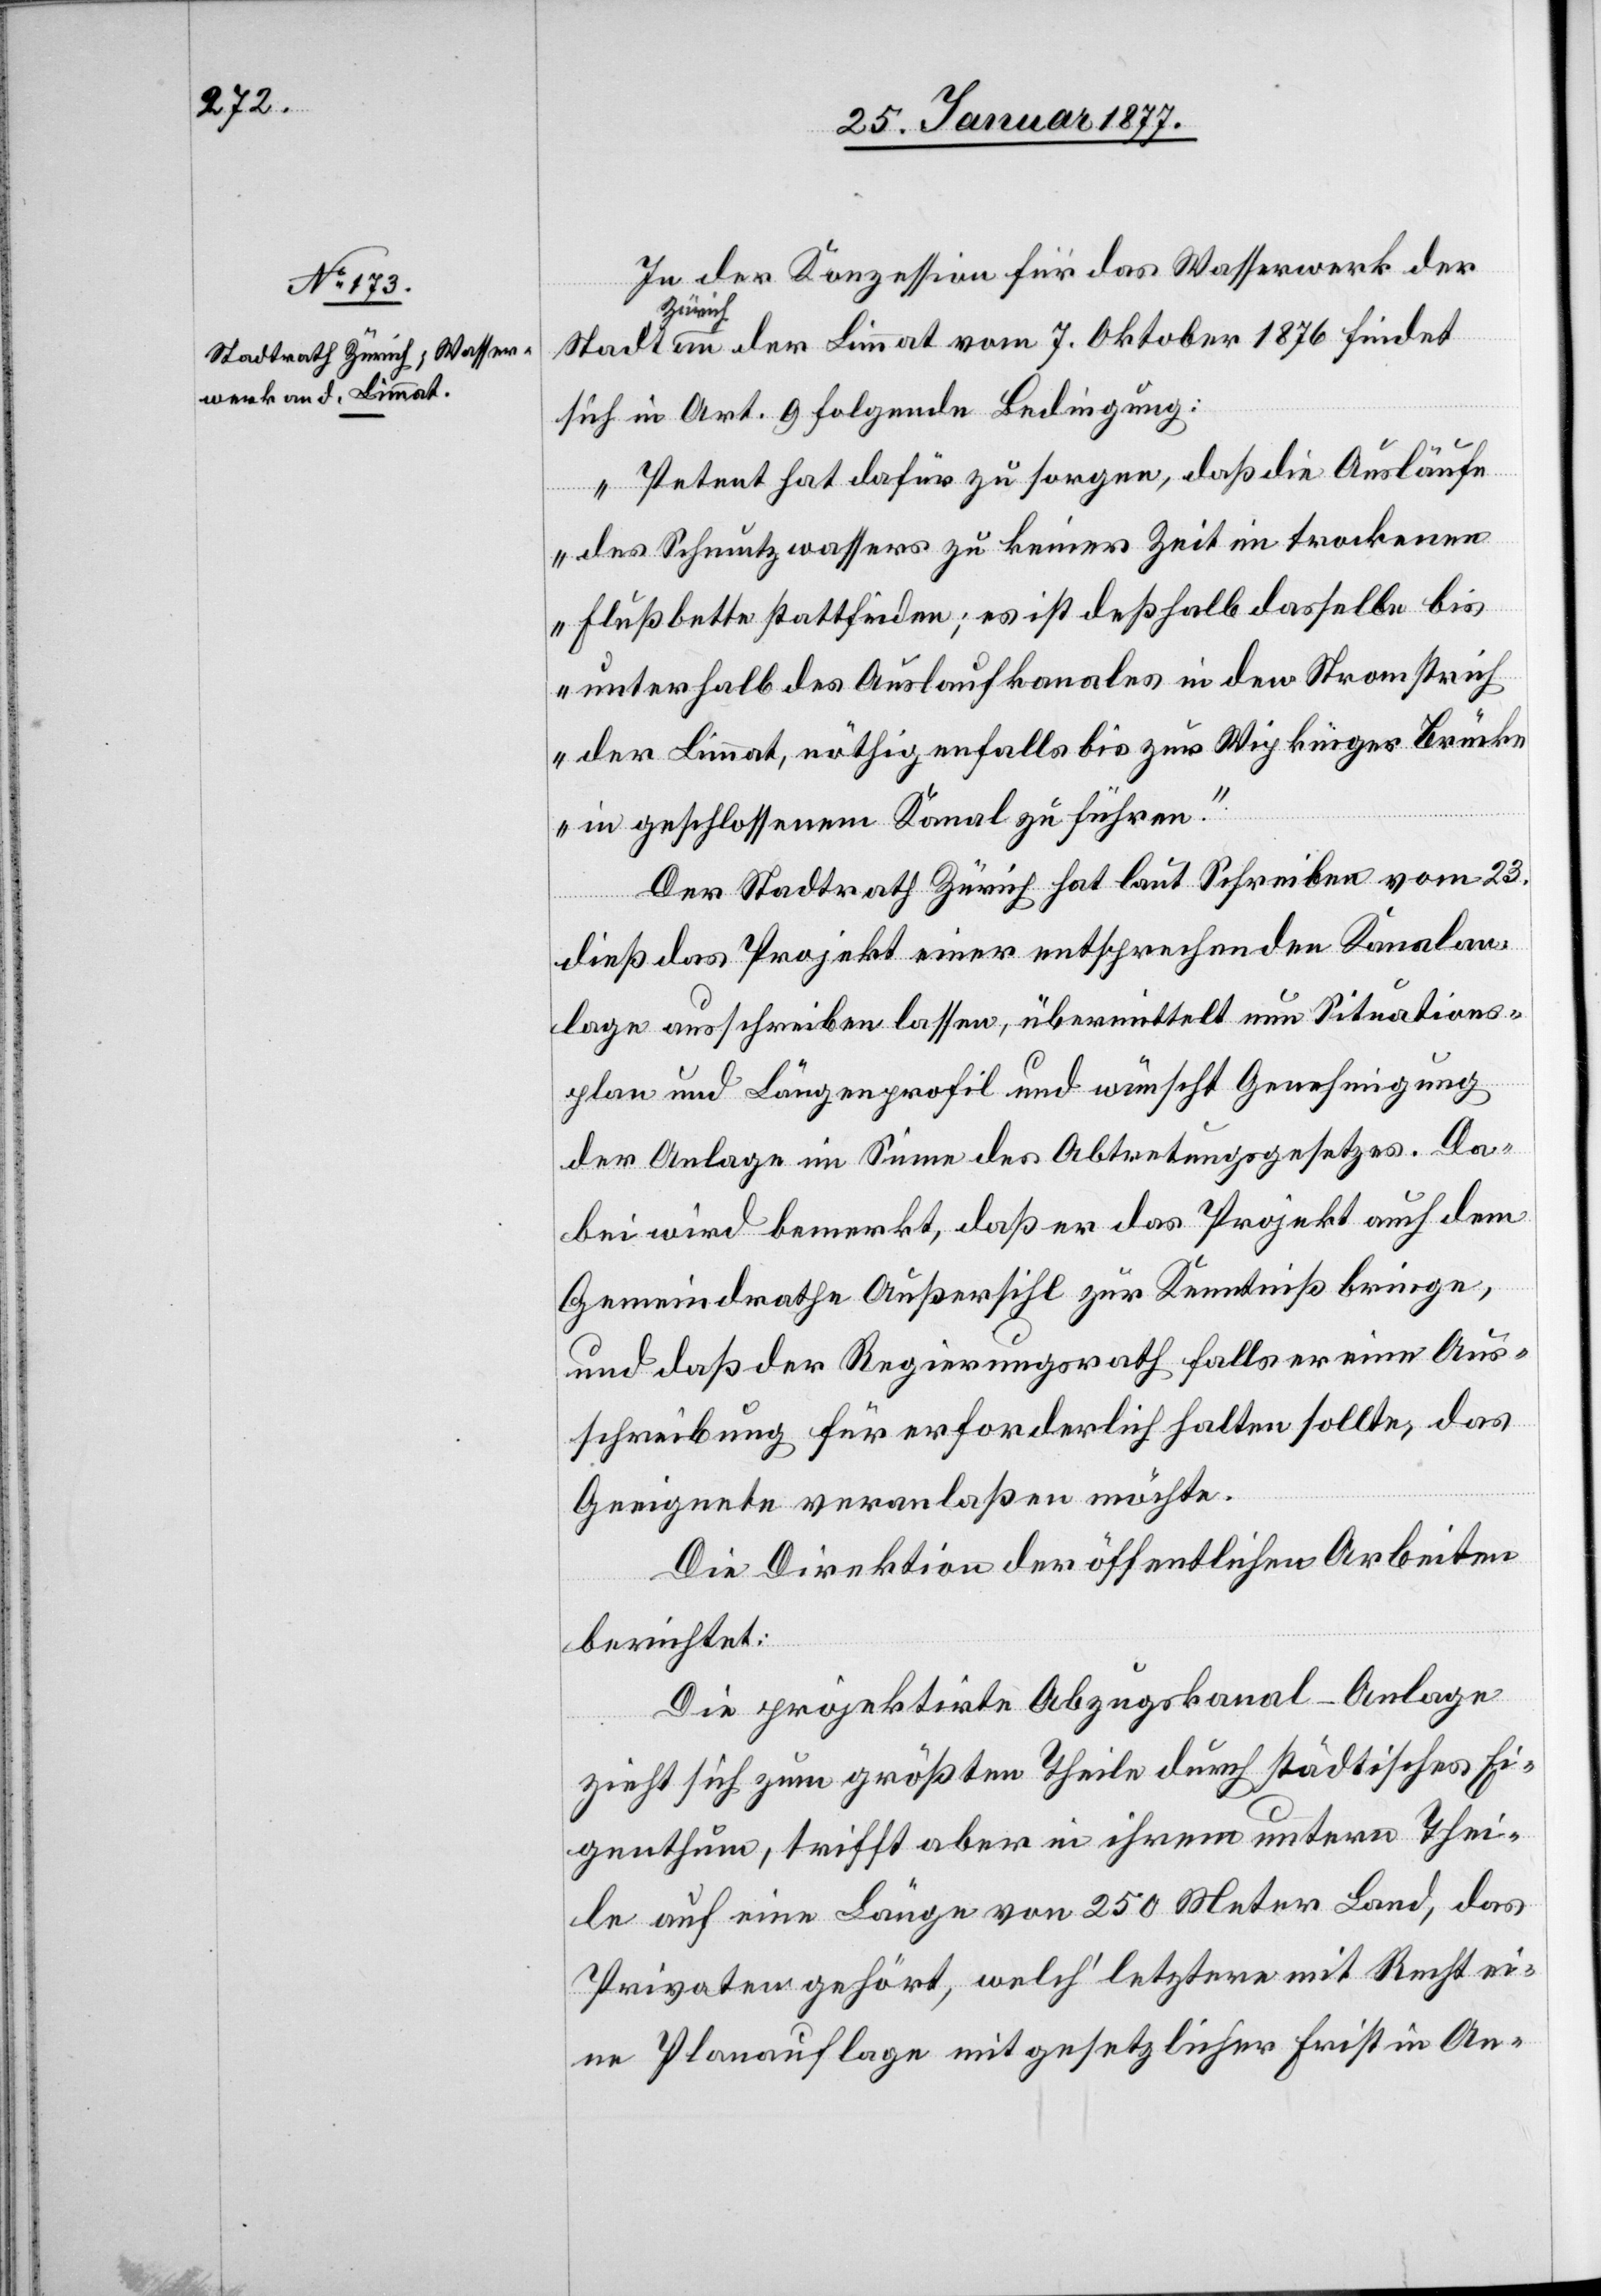
27. Januar 1877.]
In der Konzession für das Wasserwerk der
Zürich
an der Limmat vom 7. Oktober 1876 findet
sich in Art. 9 folgende Bedingung:
„Petent hat dafür zu sorgen, daß die Ausläufe
des Schmutzwassers zu keiner Zeit im trockenen
Flußbette stattfinden; es ist deßhalb dasselbe bis
unterhalb des Auslaufkanales in den Stromstrich
der Limmat, nöthigenfalls bis zur Wipkinger Brücke
in geschlossenem Kanal zu führen.“
Der Stadtrath Zürich hat laut Schreiben vom 23.
dieß das Projekt einer entsprechenden Kanalan¬
lage ausschreiben lassen, übermittelt nun Situations¬
plan und Längenprofil und wünscht Genehmigung
der Anlage im Sinne des Abtretungsgesetzes. Da¬
bei wird bemerkt, daß er das Projekt auch dem
Gemeindrath Außersihl zur Kenntniß bringe,
und daß der Regierungsrath falls er eine Aus¬
schreibung für erforderlich halten sollte, das
Geeignete veranlaßen möchte.
Die Direktion der öffentlichen Arbeiten
berichtet:
Die projektirte Abzugskanal-Anlage
zieht sich zum größten Theil durch städtisches Ei¬
genthum, trifft aber in ihrem untern Thei¬
le auf einer Länge von 250 Meter Land, das
Privaten gehört, welch’ letztere mit Recht ei¬
ne Planauflage mit gesetzlicher Frist in An-